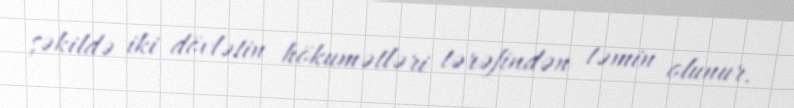
şəkildə iki dövlətin hökumətləri tərəfindən təmin olunur.